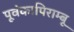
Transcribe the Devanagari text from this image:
पूवंकापिराम्बू